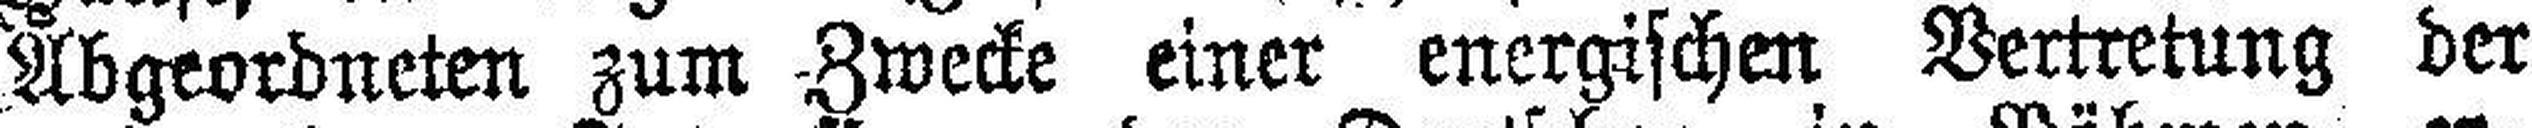
Abgeordneten zum Zwecke einer energischen Vertretung der